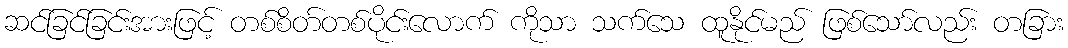
ဆင်ခြင်ခြင်းအားဖြင့် တစ်စိတ်တစ်ပိုင်းလောက် ကိုသာ သက်သေ ထူနိုင်မည် ဖြစ်သော်လည်း တခြား